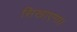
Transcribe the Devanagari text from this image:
सिखाएगा।